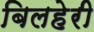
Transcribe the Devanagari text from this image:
बिलहेरी